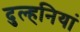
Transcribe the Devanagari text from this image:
दुल्हनियां